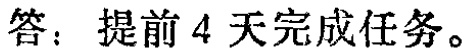
答：提前4天完成任务。